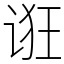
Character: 诳